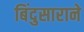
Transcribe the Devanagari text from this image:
बिंदुसाराने